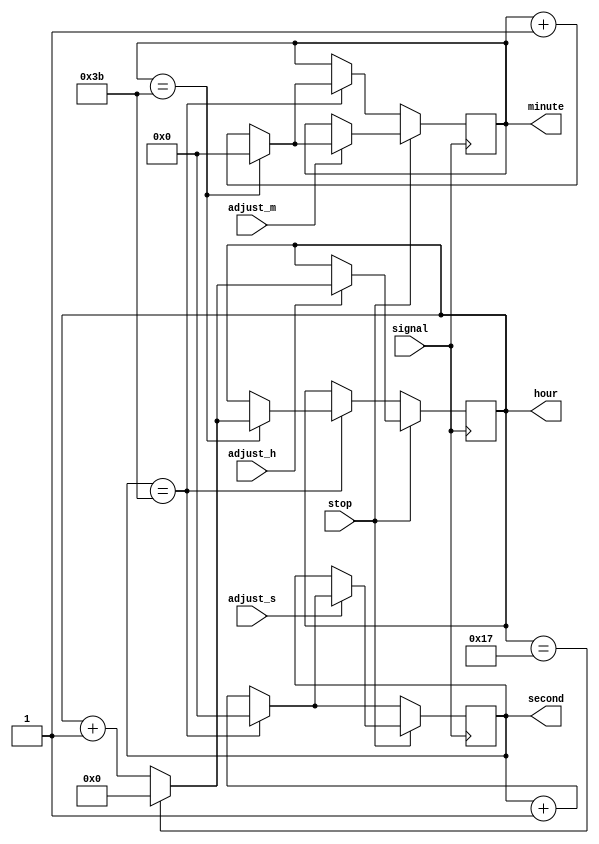
module move(signal,stop,adjust_h,adjust_m,adjust_s,hour,minute,second);
	input signal;
	input stop;
	input adjust_h;
	input adjust_m;
	input adjust_s;
	output reg [4:0]hour = 5'b00000;
	output reg [5:0]minute = 6'b000000;
	output reg [5:0]second = 6'b000000;
	
	always @(posedge signal) begin
		if(~stop) begin
			if(second == 59) begin
				second <= 0;
					if(minute == 59) begin
						minute <= 0;
						if(hour == 23)
							hour <= 0;
						else hour <= hour + 1;
					end
				else minute <= minute + 1;
			end
			else
				second <= second + 1;
		end
		else begin
			if(adjust_h) begin
				if(hour == 23)
					hour <= 0;
				else hour <= hour + 1;
			end
				
			if(adjust_m) begin
				if(minute == 59)
					minute <= 0;
				else minute <= minute + 1;
			end
				
			if(adjust_s) begin
				if(second == 59)
					second <= 0;
				else second <= second + 1;
			end
		end
	end
	
endmodule